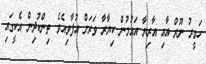
ހަވީރު ނޫރް އާއި އާރިޔާ އައުމުން ކިޔާރާ ވަރަށް އުފާވިއެވެ. ތިންކުދިން އެކީގައި